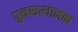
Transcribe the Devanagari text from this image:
पुनरूत्थानक